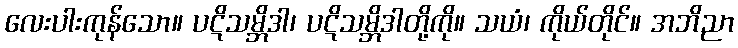
လေးပါးကုန်သော။ ပဋိသမ္ဘိဒါ၊ ပဋိသမ္ဘိဒါတို့ကို။ သယံ၊ ကိုယ်တိုင်။ အဘိညာ